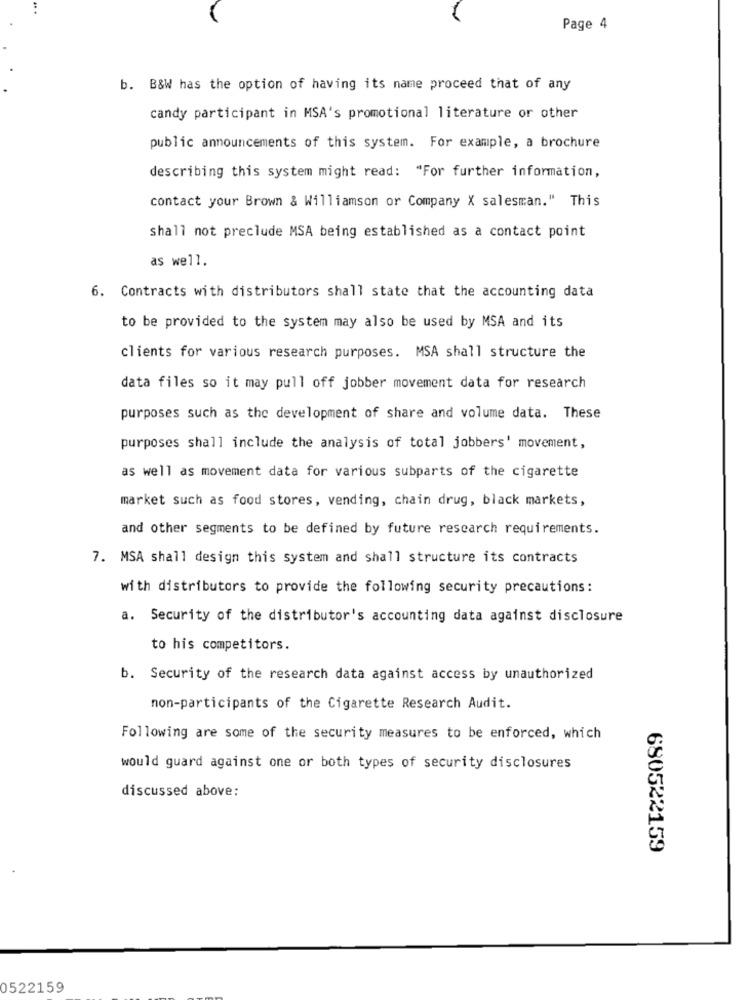
Page 4
b. B&W has the option of having its name proceed that of any
candy participant in MSA's promotional literature or other
public announcements of this system. For example, a brochure
describing this system might read: "For further information,
contact your Brown & Williamson or Company X salesman." This
shall not preclude MSA being established as a contact point
as well.
6. Contracts with distributors shall state that the accounting data
to be provided to the system may also be used by MSA and its
clients for various research purposes. MSA shall structure the
data files so it may pull off jobber movement data for research
purposes such as the development of share and volume data. These
purposes shall include the analysis of total jobbers' movement,
as well as movement data for various subparts of the cigarette
market such as food stores, vending, chain drug, black markets,
and other segments to be defined by future research requirements.
7. MSA shall design this system and shall structure its contracts
with distributors to provide the following security precautions:
a. Security of the distributor's accounting data against disclosure
to his competitors.
b. Security of the research data against access by unauthorized
non-participants of the Cigarette Research Audit.
Following are some of the security measures to be enforced, which
would guard against one or both types of security disclosures
discussed above:
680522159
0522159